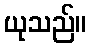
ယုသည်။